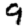
Digit: 9